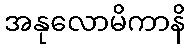
အနုလောမိကာနိ